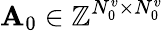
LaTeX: {\mathbf A}_{0}\in\mathbb{Z}^{N_{0}^{v}\times N_{0}^{v}}